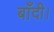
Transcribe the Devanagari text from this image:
बाँदी।